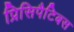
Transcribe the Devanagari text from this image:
प्रिसिपैटिबस